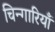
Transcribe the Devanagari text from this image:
चिन्गारियाँ